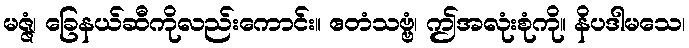
မဇ္ဇံ၊ ခြေနယ်ဆီကိုလည်းကောင်း။ ဧတံသဗ္ဗံ၊ ဤအလုံးစုံကို။ နိပဒါမသေ၊